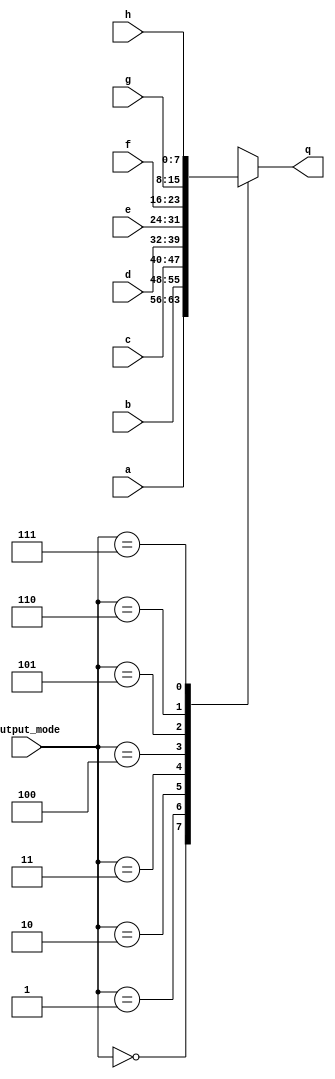
module output_multiplexer (
  input [7:0] a, b, c, d, e, f, g, h,
  input [2:0] output_mode,
  output reg [7:0] q
);
  always @ (*) begin
    casez(output_mode)
      3'b000: q = a;
      3'b001: q = b;
      3'b010: q = c;
      3'b011: q = d;
      3'b100: q = e;
      3'b101: q = f;
      3'b110: q = g;
      3'b111: q = h;
      default: q = 8'h00;
    endcase;
  end
endmodule